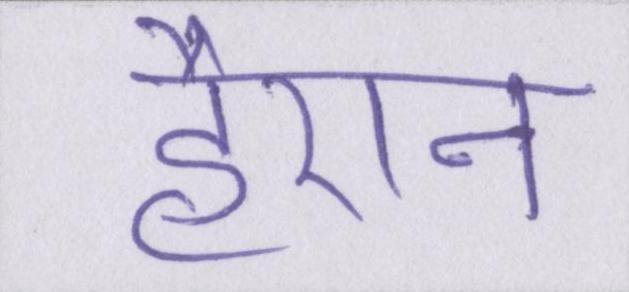
हैरान